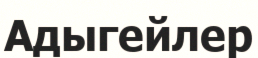
Адыгейлер